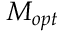
M _ { o p t }